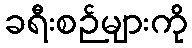
ခရီးစဉ်များကို